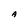
Character: A